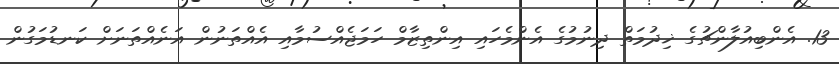
13. އެންބިއުލާންޗުގެ ޚިދުމަތް ދިނުމުގެ އެންމެހައި އިންތިޒާމް ހަމަޖެއްސުމާއި އެއްތަނުން އަނެއްތަނަށް ކަނޑުމަގުން